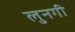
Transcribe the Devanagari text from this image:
लुनगी